Civil Veterinary Dept. Assam report 1911-1927 - 1911-1927
Year: 1911
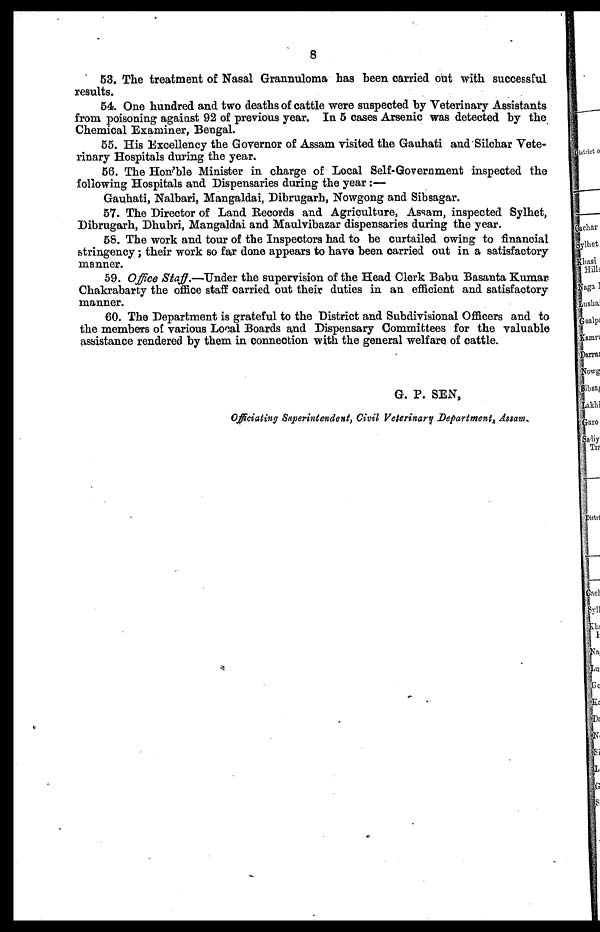
8
63. The treatment of Nasal Grannuloma has been carried out with successful
results.
64. One hundred and two deaths of cattle were suspected by Veterinary Assistants
from poisoning against 92 of previous year. In 5 cases Arsenic was detected by the
Chemical Examiner, Bengal.
65. His Excellency the Governor of Assam visited the Gauhati and Silchar Vete-
rinary Hospitals during the year,
56. The Hon'ble Minister in charge of Local Self-Government inspected the
following Hospitals and Dispensaries during the year:—
Gauhati, Nalbari, Mangaldai, Dibrugarh, Nowgong and Sibsagar.
57. The Director of Land Records and Agriculture, Assam, inspected Sylhet,
Dibrugarh, Dhubri, Mangaldai and Maulvibazar dispensaries during the year.
68. The work and tour of the Inspectors had to be curtailed owing to financial
stringency; their work so far done appears to have been carried out in a satisfactory
manner.
59. Office Staff.—Under the supervision of the Head Clerk Babu Basanta Kumar
Chakrabarty the office staff carried out their duties in an efficient and satisfactory
manner.
60. The Department is grateful to the District and Subdivisional Officers and to
the members of various Local Boards and Dispensary Committees for the valuable
assistance rendered by them in connection with the general welfare of cattle.
G. P. SEN,
Officiating Superintendent, Civil Veterinary Department Assam.